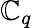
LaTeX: \mathbb{C}_{q}